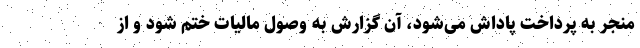
منجر به پرداخت پاداش می‌شود، آن گزارش به وصول مالیات ختم شود و از